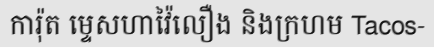
ការ៉ុត ម្ទេសហាវ៉ៃលឿង និងក្រហម Tacos-